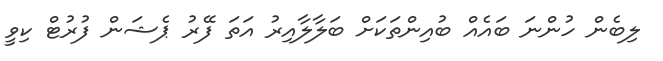
ލިބެން ހުންނަ ބައެއް ބުއިންތަކަށް ބަލާލާއިރު އަތަ ފޭރު ޕެޝަން ފުރުޓް ކިވީ